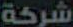
شركة